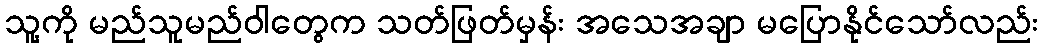
သူ့ကို မည်သူမည်ဝါတွေက သတ်ဖြတ်မှန်း အသေအချာ မပြောနိုင်သော်လည်း